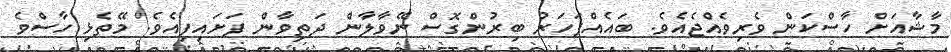
މާޝާއަށް ހާސްކަން ވެރިވެއްޖެއެވެ. ބައެއްފަހަރު ބިރުންގޮސް ނޭވާލާން ދަތިވާން ފަށައިފިއެވެ. މޭތެޅި ހާސްވެ